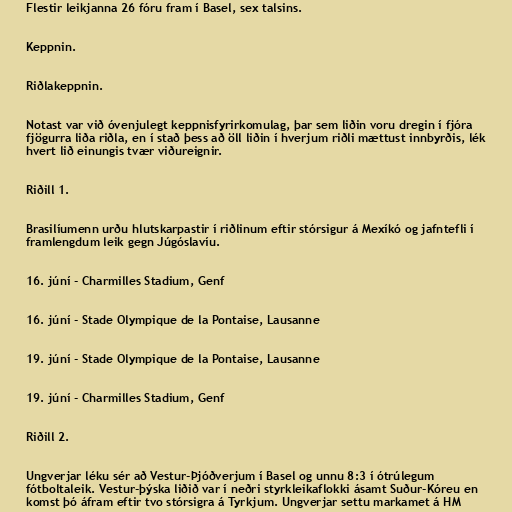
Flestir leikjanna 26 fóru fram í Basel, sex talsins.

Keppnin.

Riðlakeppnin.

Notast var við óvenjulegt keppnisfyrirkomulag, þar sem liðin voru dregin í fjóra
fjögurra liða riðla, en í stað þess að öll liðin í hverjum riðli mættust innbyrðis, lék
hvert lið einungis tvær viðureignir.

Riðill 1.

Brasilíumenn urðu hlutskarpastir í riðlinum eftir stórsigur á Mexíkó og jafntefli í
framlengdum leik gegn Júgóslavíu.

16. júní - Charmilles Stadium, Genf

16. júní - Stade Olympique de la Pontaise, Lausanne

19. júní - Stade Olympique de la Pontaise, Lausanne

19. júní - Charmilles Stadium, Genf

Riðill 2.

Ungverjar léku sér að Vestur-Þjóðverjum í Basel og unnu 8:3 í ótrúlegum
fótboltaleik. Vestur-þýska liðið var í neðri styrkleikaflokki ásamt Suður-Kóreu en
komst þó áfram eftir tvo stórsigra á Tyrkjum. Ungverjar settu markamet á HM